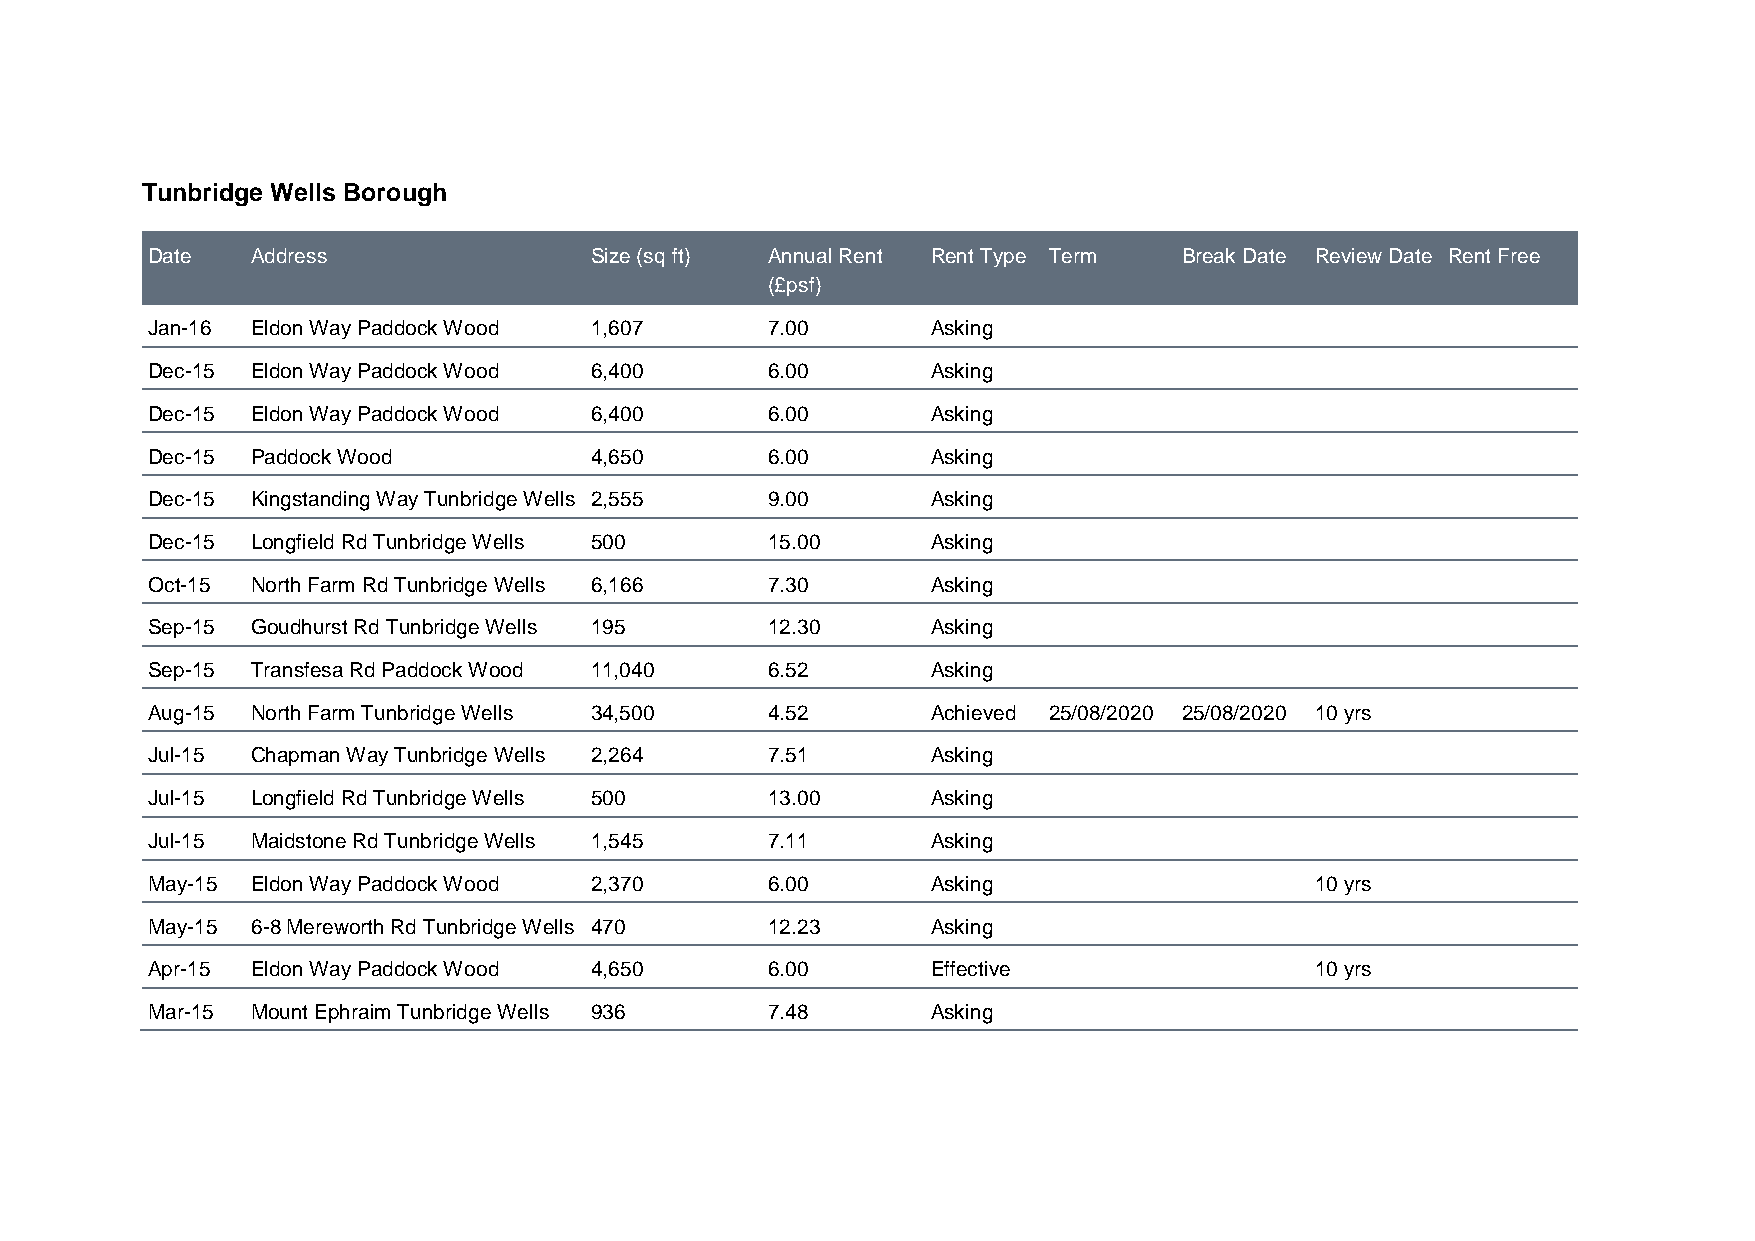
Tunbridge Wells Borough
 Date   Address               Size (sq ft) Annual Rent Rent Type Term Break Date Review Date Rent Free
 (£psf)
 Jan-16 Eldon Way Paddock Wood 1,607      7.00       Asking
 Dec-15 Eldon Way Paddock Wood 6,400      6.00       Asking
 Dec-15 Eldon Way Paddock Wood 6,400      6.00       Asking
 Dec-15 Paddock Wood          4,650       6.00       Asking
 Dec-15 Kingstanding Way Tunbridge Wells 2,555 9.00  Asking
 Dec-15 Longfield Rd Tunbridge Wells 500  15.00      Asking
 Oct-15 North Farm Rd Tunbridge Wells 6,166 7.30     Asking
 Sep-15 Goudhurst Rd Tunbridge Wells 195  12.30      Asking
 Sep-15 Transfesa Rd Paddock Wood 11,040  6.52       Asking
 Aug-15 North Farm Tunbridge Wells 34,500 4.52       Achieved 25/08/2020 25/08/2020 10 yrs
 Jul-15 Chapman Way Tunbridge Wells 2,264 7.51       Asking
 Jul-15 Longfield Rd Tunbridge Wells 500  13.00      Asking
 Jul-15 Maidstone Rd Tunbridge Wells 1,545 7.11      Asking
 May-15 Eldon Way Paddock Wood 2,370      6.00       Asking                   10 yrs
 May-15 6-8 Mereworth Rd Tunbridge Wells 470 12.23   Asking
 Apr-15 Eldon Way Paddock Wood 4,650      6.00       Effective                10 yrs
 Mar-15 Mount Ephraim Tunbridge Wells 936 7.48       Asking